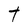
Character: t